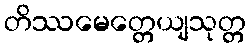
တိဿမေတ္တေယျသုတ္တ